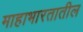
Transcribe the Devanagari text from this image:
माहाभारतातील